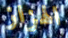
الهزاز